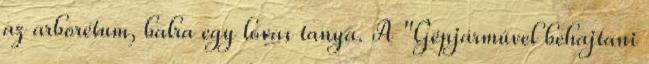
az arborétum, balra egy lovas tanya. A "Gépjárművel behajtani